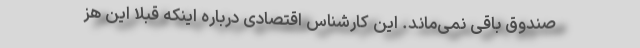
صندوق باقی نمی‌ماند. این كارشناس اقتصادی درباره اینكه قبلا این هز